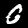
Digit: 0